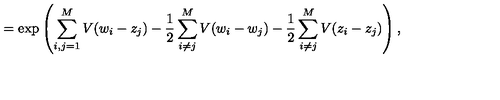
= \exp \left( \sum _ { i , j = 1 } ^ { M } V ( w _ { i } - z _ { j } ) - \frac { 1 } { 2 } \sum _ { i \neq j } ^ { M } V ( w _ { i } - w _ { j } ) - \frac { 1 } { 2 } \sum _ { i \neq j } ^ { M } V ( z _ { i } - z _ { j } ) \right) ,